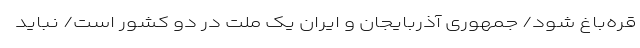
قره‌باغ شود/ جمهوری آذربایجان و ایران یک ملت در دو کشور است/ نباید